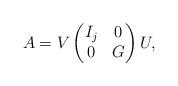
LaTeX: \begin{align*} A = V\begin{pmatrix}I_j & 0 \\0 & G\end{pmatrix}U, \end{align*}